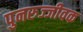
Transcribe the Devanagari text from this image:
पुनरुज्जीवक